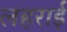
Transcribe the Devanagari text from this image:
लहराई